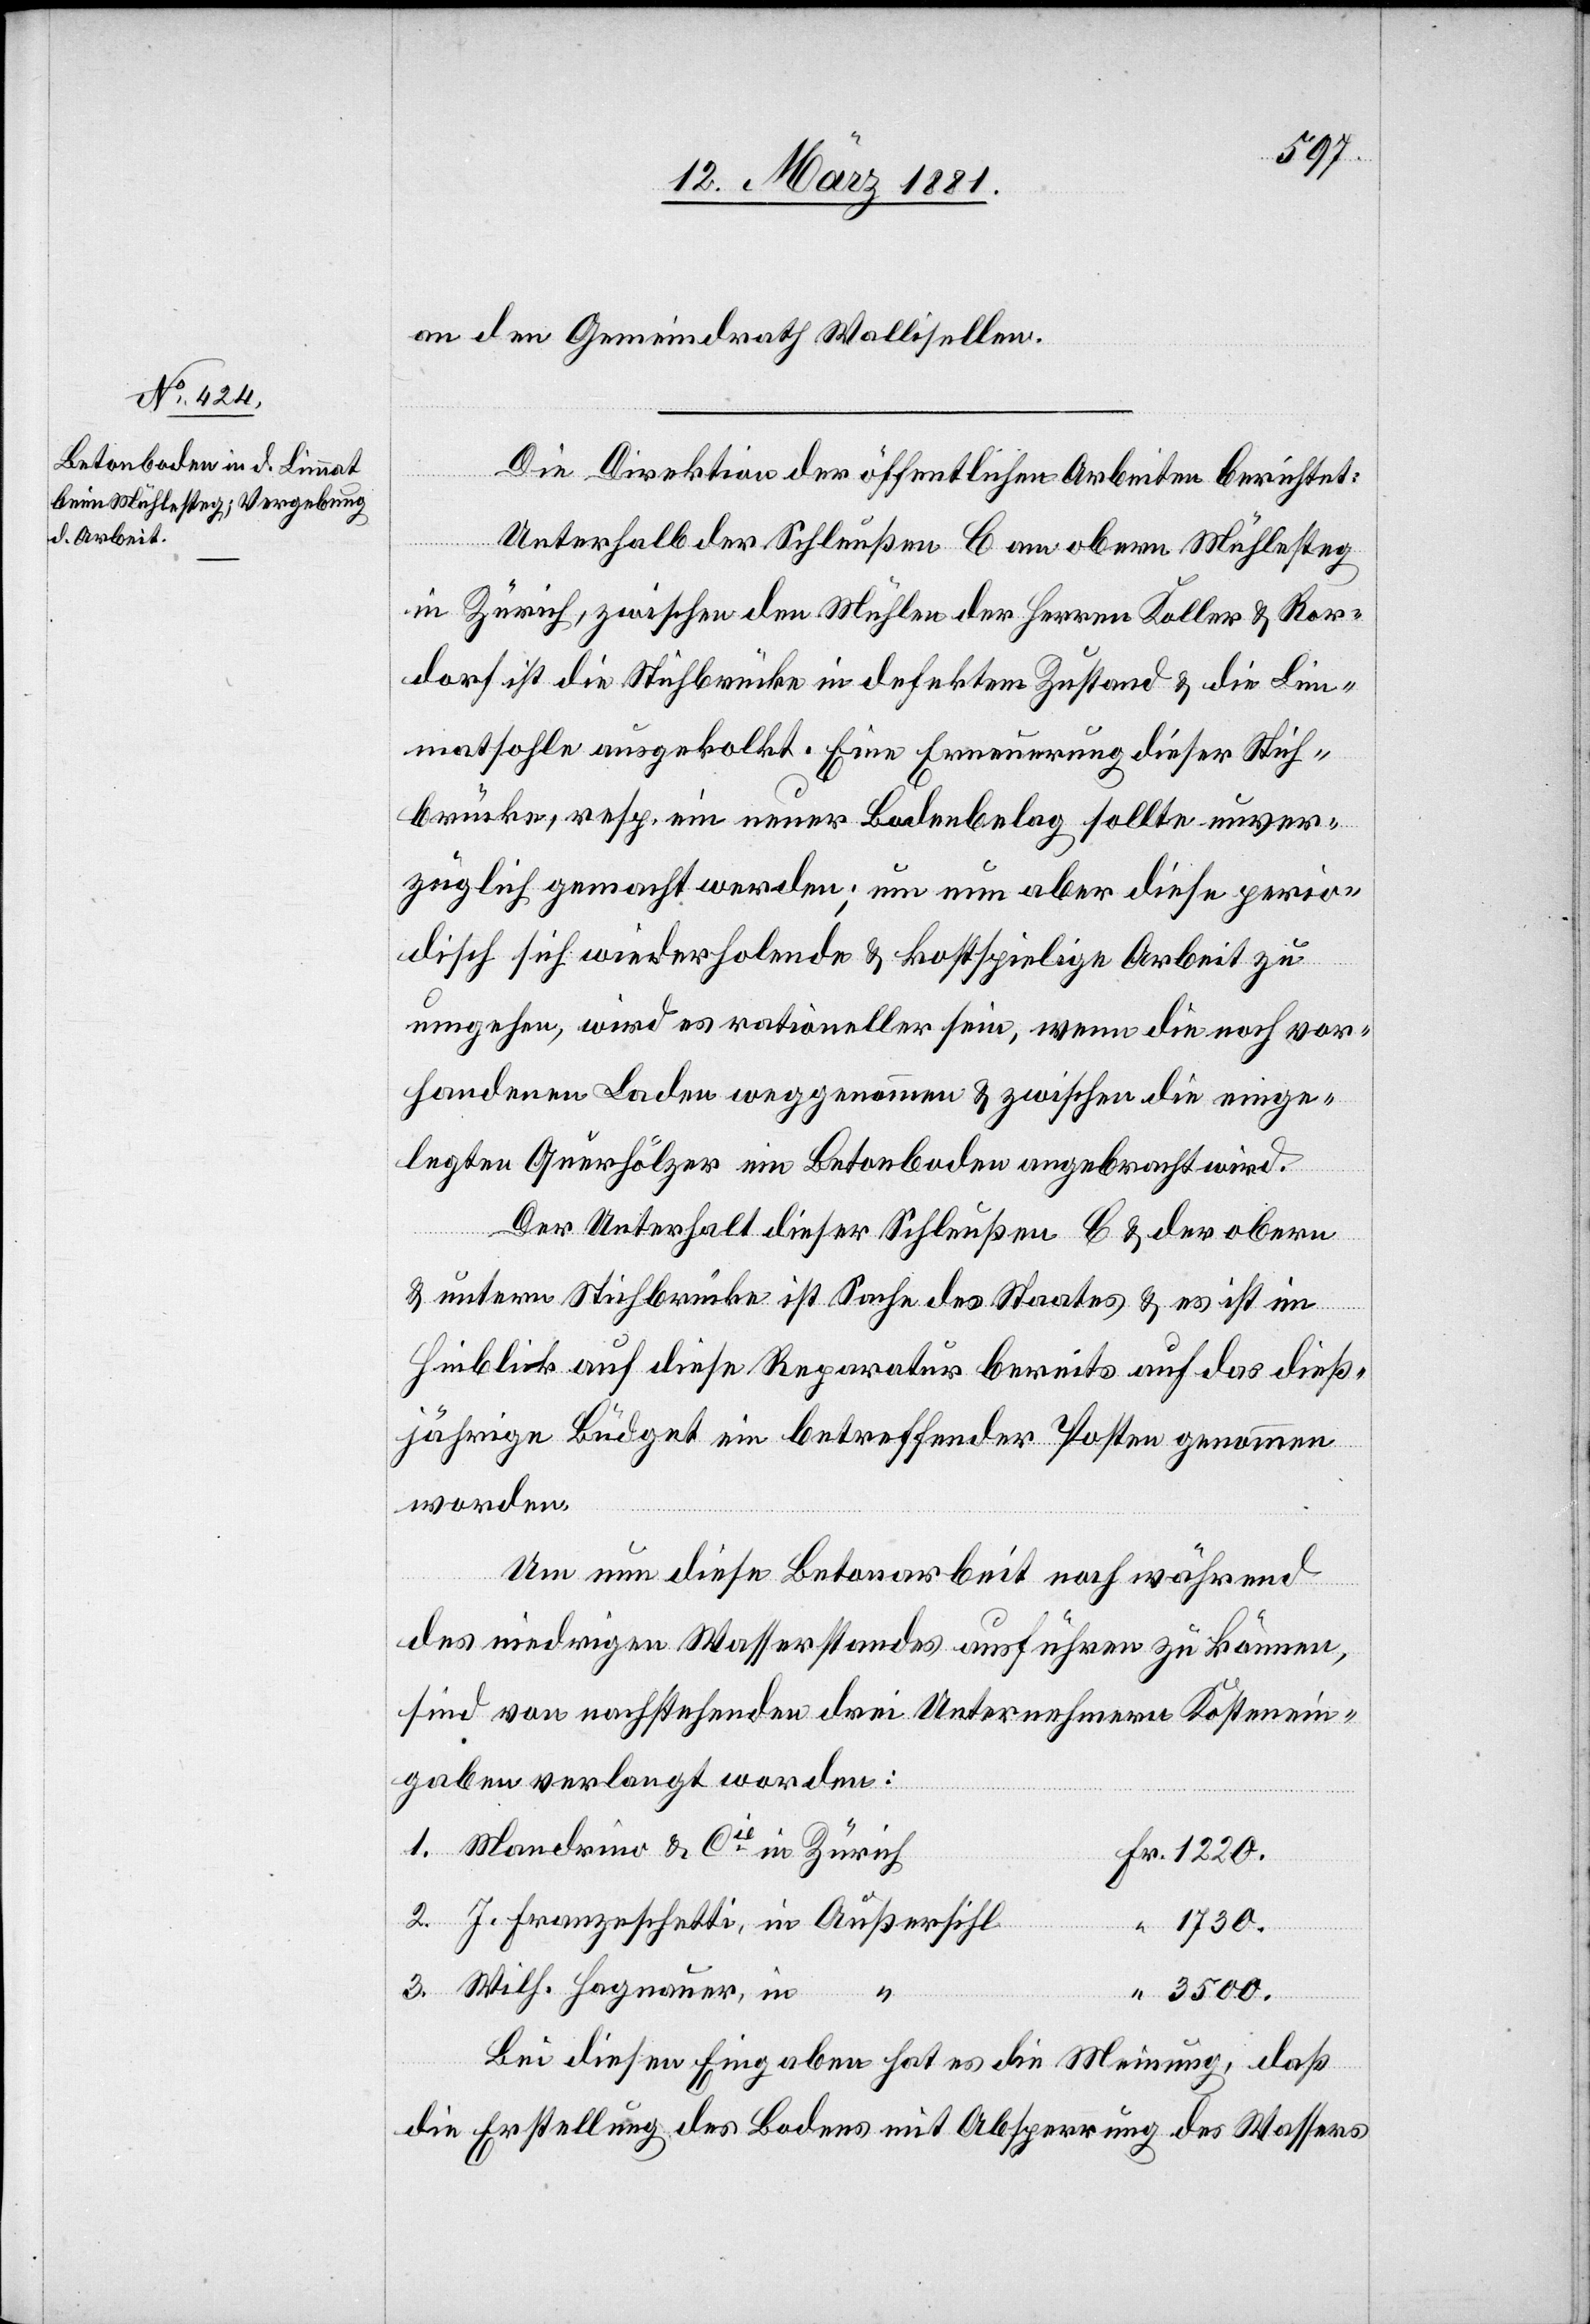
an den Gemeindrath Wallisellen.
Fr.
Die Direktion der öffentlichen Arbeiten berichtet:
3.
Unterhalb der Schleußen C am obern Mühlesteg
in Zürich, zwischen den Mühlen der Herren Koller & Ror¬
dorf ist die Stehbrücke in defektem Zustand & die Lim¬
matsohle ausgekolkt. Eine Erneuerung dieser Steh¬
brücke, resp. ein neuer Bodenbelag sollte unver¬
züglich gemacht werden; um nun aber diese perio¬
disch sich wiederholende & kostspielige Arbeit zu
umgehen, wird es rationeller sein, wenn die noch vor¬
handenen Laden weggenommen & zwischen die einge¬
legten Querhölzer ein Betonboden angebracht wird.
Der Unterhalt dieser Schleußen C & der obern
& untern Stehbrücke ist Sache des Staates & es ist im
Hinblick auf diese Reparatur bereits auf das dieß¬
jährige Büdget ein betreffender Posten genommen
worden.
Um nun diese Betonarbeit noch während
des niedrigen Wasserstandes ausführen zu können,
sind von nachstehenden drei Unternehmern Kostenein¬
gaben verlangt worden:
Mandrino & Cie in Zürich
J. Franzeschetti, in Außersihl
1730.
Wilh. Hagnauer, in
3500.
Bei diesen Eingaben hat es die Meinung, daß
die Erstellung des Bodens mit Absperrung des Wassers